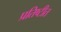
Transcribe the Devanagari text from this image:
प्रतिष्टीत